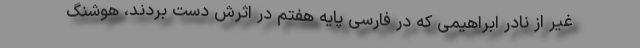
غیر از نادر ابراهیمی که در فارسی پایه هفتم در اثرش دست بردند، هوشنگ